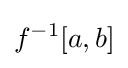
f^{-1}[a,b]